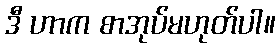
ဒီ ဟာက စာအုပ်မဟုတ်ပါ။